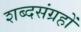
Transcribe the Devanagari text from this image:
शब्दसंग्रहों